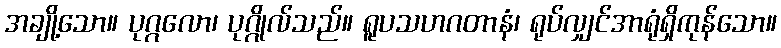
အချို့သော။ ပုဂ္ဂလော၊ ပုဂ္ဂိုလ်သည်။ ရူပသဟဂတာနံ၊ ရုပ်လျှင်အာရုံရှိကုန်သော။